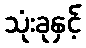
သုံးခုနှင့်